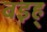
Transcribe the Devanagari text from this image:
बइह्‌